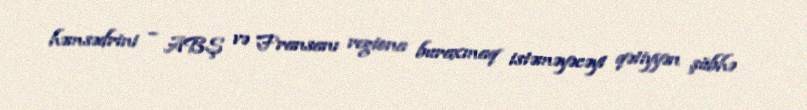
həmsədrini – ABŞ və Fransanı regiona buraxmaq istəməyəcəyi qətiyyən şübhə